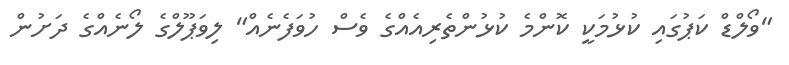
"ވޯލްޑް ކަޕުގައި ކުޅުމަކީ ކޮންމެ ކުޅުންތެރިއެއްގެ ވެސް ހުވަފެނެއް" ލިވަޕޫލްގެ ލޯނެއްގެ ދަށުން